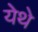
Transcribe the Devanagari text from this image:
येेथे